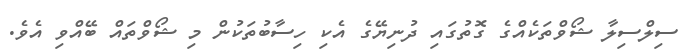
ސިލްސިލާ ޝޯވްތަކެއްގެ ގޮތުގައި ދުނިޔޭގެ އެކި ހިސާބުތަކުން މި ޝޯވްތައް ބޭއްވި އެވެ.